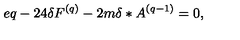
e q - 2 4 \delta F ^ { ( q ) } - 2 m \delta \ast A ^ { ( q - 1 ) } = 0 ,